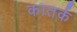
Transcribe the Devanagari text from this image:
कातर्क